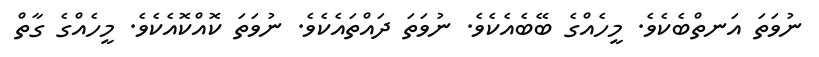
ނުވަތަ އަނތްބެކެވެ. މީހެއްގެ ބޭބެއެކެވެ. ނުވަތަ ދައްތައެކެވެ. ނުވަތަ ކޮއްކޮއެކެވެ. މީހެއްގެ ގާތް